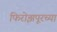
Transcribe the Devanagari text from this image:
फिरोझपूरच्या